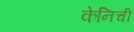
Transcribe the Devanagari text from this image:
केनिची